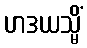
ဟဒယသ္မိံ